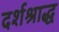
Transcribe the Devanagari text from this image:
दर्शश्राद्ध